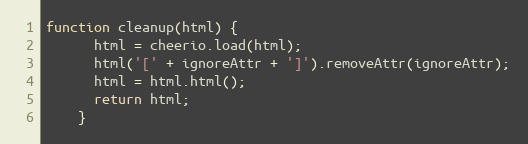
Language: JavaScript
function cleanup(html) {
      html = cheerio.load(html);
      html('[' + ignoreAttr + ']').removeAttr(ignoreAttr);
      html = html.html();
      return html;
    }